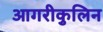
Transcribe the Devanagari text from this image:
आगरीकुलिन